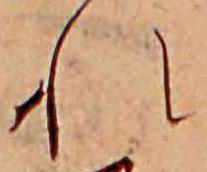
れ